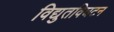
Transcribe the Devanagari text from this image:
विद्युतविघटन